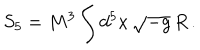
S _ { 5 } = M ^ { 3 } \int d ^ { 5 } x \, \sqrt { - g } \, R \, .